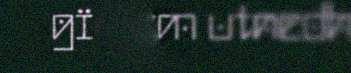
gïelem utnedh